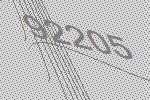
92205